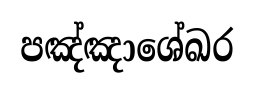
පඤ්ඤාශේඛර